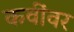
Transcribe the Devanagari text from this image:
कवींवर